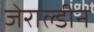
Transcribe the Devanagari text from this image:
जेराल्डीन